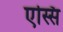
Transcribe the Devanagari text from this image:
एस्सिं